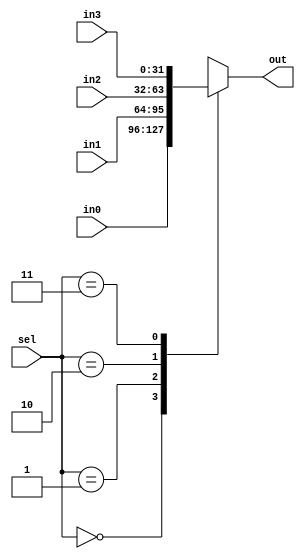
//4
module mux4(out, in0, in1, in2, in3, sel);
	parameter WIDTH = 32;
	output reg [WIDTH-1:0] out;
    input [WIDTH-1:0] in0, in1,in2,in3;
	input[1:0] sel;
    always @ (in0,in1,in2,in3,sel) begin
		case(sel)
			2'b00: out=in0;
			2'b01: out=in1;
			2'b10: out=in2;
			2'b11: out=in3;
		endcase
	end
endmodule